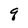
Character: q